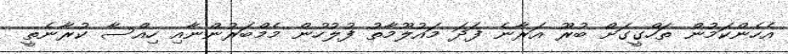
އެހެންކަމުން ތަހްގީގަށް ބުރޫ އަރާނެ ފަދަ މައުލޫމާތު ފުލުހުން މެމްބަރުންނާއި ހިއްސާ ކުރާނެތީ